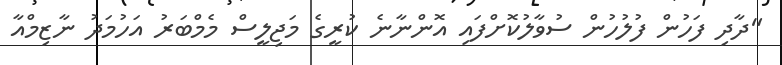
"ދާދި ފަހުން ފުލުހުން ސުވާލުކޮށްފައި އޮންނާނެ ކުރީގެ މަޖިލީސް މެމްބަރު އަހުމަދު ނާޒިމްއާ